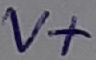
Text: V+